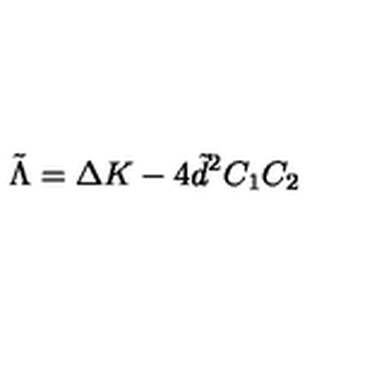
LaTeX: \tilde { \Lambda } = \Delta K - 4 \tilde { d } ^ { 2 } C _ { 1 } C _ { 2 }